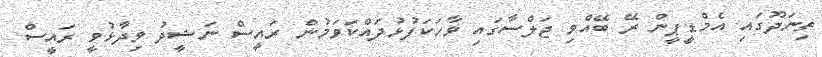
ތިނަދޫގައި އެމްޑީޕީން ރޭ ބޭއްވި ޖަލްސާގައި ވާހަކަފުޅުދައްކަވަމުން ރައީސް ނަޝީދު ވިދާޅުވީ ރައީސް